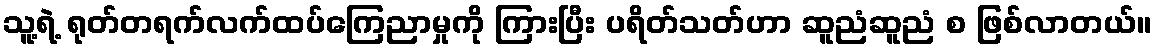
သူ့ရဲ့ ရုတ်တရက်လက်ထပ်ကြေညာမှုကို ကြားပြီး ပရိတ်သတ်ဟာ ဆူညံဆူညံ စ ဖြစ်လာတယ်။